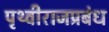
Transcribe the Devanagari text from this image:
पृथ्वीराजप्रबंध